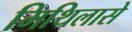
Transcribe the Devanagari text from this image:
मिथिलासे